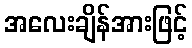
အလေးချိန်အားဖြင့်